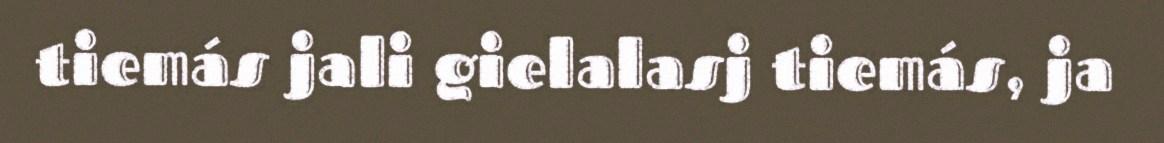
tiemás jali gielalasj tiemás, ja